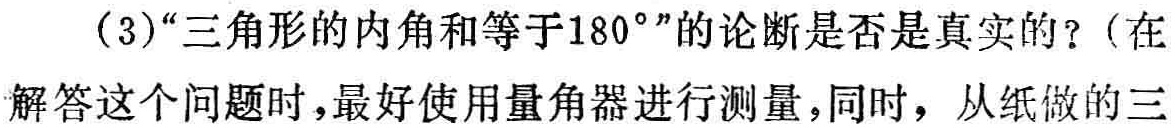
(3)“三角形的内角和等于\(180^{\circ}\)”的论断是否是真实的？（在

解答这个问题时，最好使用量角器进行测量，同时，从纸做的三